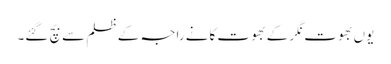
یوں بھوت نگر کے بھوت کانے راجہ کے ظلم سے بچ گئے۔